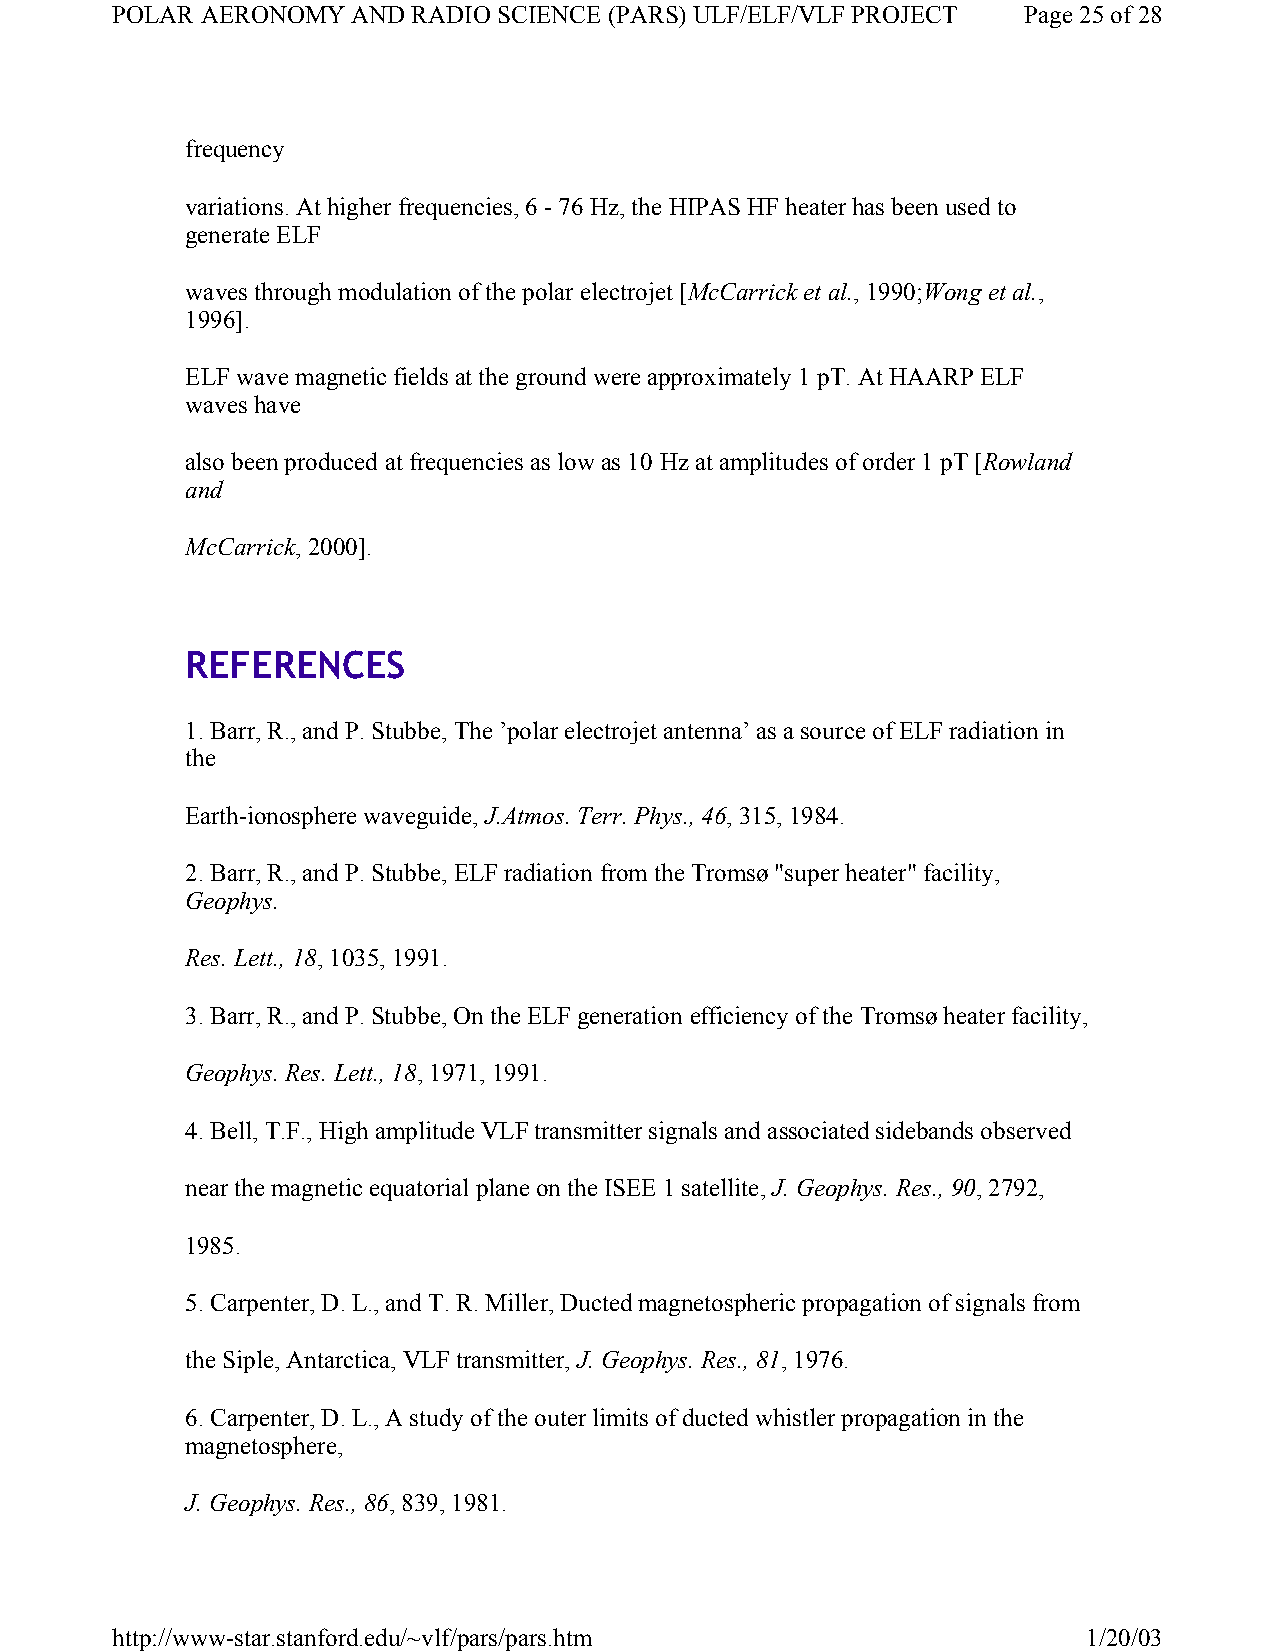
POLAR AERONOMY  AND RADIO SCIENCE (PARS) ULF/ELF/VLF PROJECT Page 25 of 28
 frequency
 variations. At higher frequencies, 6 - 76 Hz, the HIPAS HF heater has been used to
 generate ELF
 waves through modulation of the polar electrojet [McCarrick et al., 1990;Wong et al.,
 1996].
 ELF wave magnetic fields at the ground were approximately 1 pT. At HAARP ELF
 waves have
 also been produced at frequencies as low as 10 Hz at amplitudes of order 1 pT [Rowland
 and
 McCarrick, 2000].
 REFERENCES
 1. Barr, R., and P. Stubbe, The ’polar electrojet antenna’ as a source of ELF radiation in
 the
 Earth-ionosphere waveguide, J.Atmos. Terr. Phys., 46, 315, 1984.
 2. Barr, R., and P. Stubbe, ELF radiation from the Tromsø "super heater" facility,
 Geophys.
 Res. Lett., 18, 1035, 1991.
 3. Barr, R., and P. Stubbe, On the ELF generation efficiency of the Tromsø heater facility,
 Geophys. Res. Lett., 18, 1971, 1991.
 4. Bell, T.F., High amplitude VLF transmitter signals and associated sidebands observed
 near the magnetic equatorial plane on the ISEE 1 satellite, J. Geophys. Res., 90, 2792,
 1985.
 5. Carpenter, D. L., and T. R. Miller, Ducted magnetospheric propagation of signals from
 the Siple, Antarctica, VLF transmitter, J. Geophys. Res., 81, 1976.
 6. Carpenter, D. L., A study of the outer limits of ducted whistler propagation in the
 magnetosphere,
 J. Geophys. Res., 86, 839, 1981.
 http://www-star.stanford.edu/~vlf/pars/pars.htm                  1/20/03